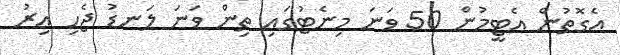
އެގޮތުން އެޓީމުން 50 ވަނަ މިނެޓުގައި ތިން ވަނަ ލަނޑު ޖެހި އިރު